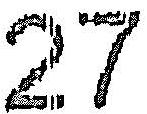
27